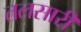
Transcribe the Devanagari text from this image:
तलसारी